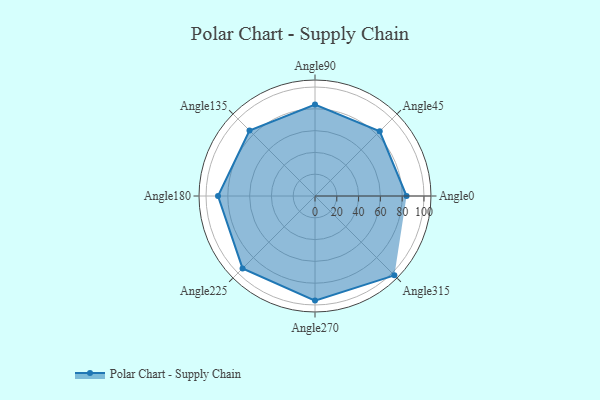
{"axis": {"x": "Angle", "y": "Radius"}, "legend": [""], "data": [{"x": "Angle0", "y": 84.0, "type": ""}, {"x": "Angle45", "y": 84.0, "type": ""}, {"x": "Angle90", "y": 84.0, "type": ""}, {"x": "Angle135", "y": 85.0, "type": ""}, {"x": "Angle180", "y": 89.0, "type": ""}, {"x": "Angle225", "y": 94.0, "type": ""}, {"x": "Angle270", "y": 96.0, "type": ""}, {"x": "Angle315", "y": 103.0, "type": ""}]}